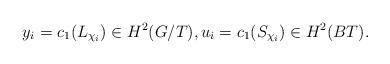
LaTeX: \begin{align*}y_i = c_1 (L_{{\chi}_i})\in H^2(G/T), u_i = c_1 (S_{\chi_i}) \in H^2(BT).\end{align*}